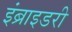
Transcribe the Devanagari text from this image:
इंब्राइडरी